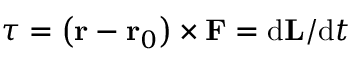
{ \boldsymbol { \tau } } = \left( \mathbf { r } - \mathbf { r } _ { 0 } \right) \times \mathbf { F } = \mathrm { d } \mathbf { L } / \mathrm { d } t